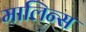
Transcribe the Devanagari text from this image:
मालिन्स